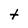
Character: t